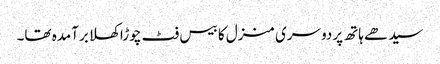
سیدھے ہاتھ پردوسری منزل کا بیس فٹ چوڑا کھلا برآمدہ تھا۔